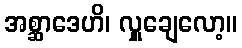
အစ္ဆာဒေဟိ၊ လှူချေလော့။